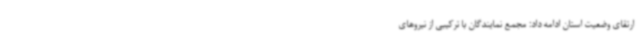
ارتقای وضعیت استان ادامه داد: مجمع نمایندگان با ترکیبی از نیروهای